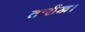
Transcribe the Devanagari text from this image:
तारीख।